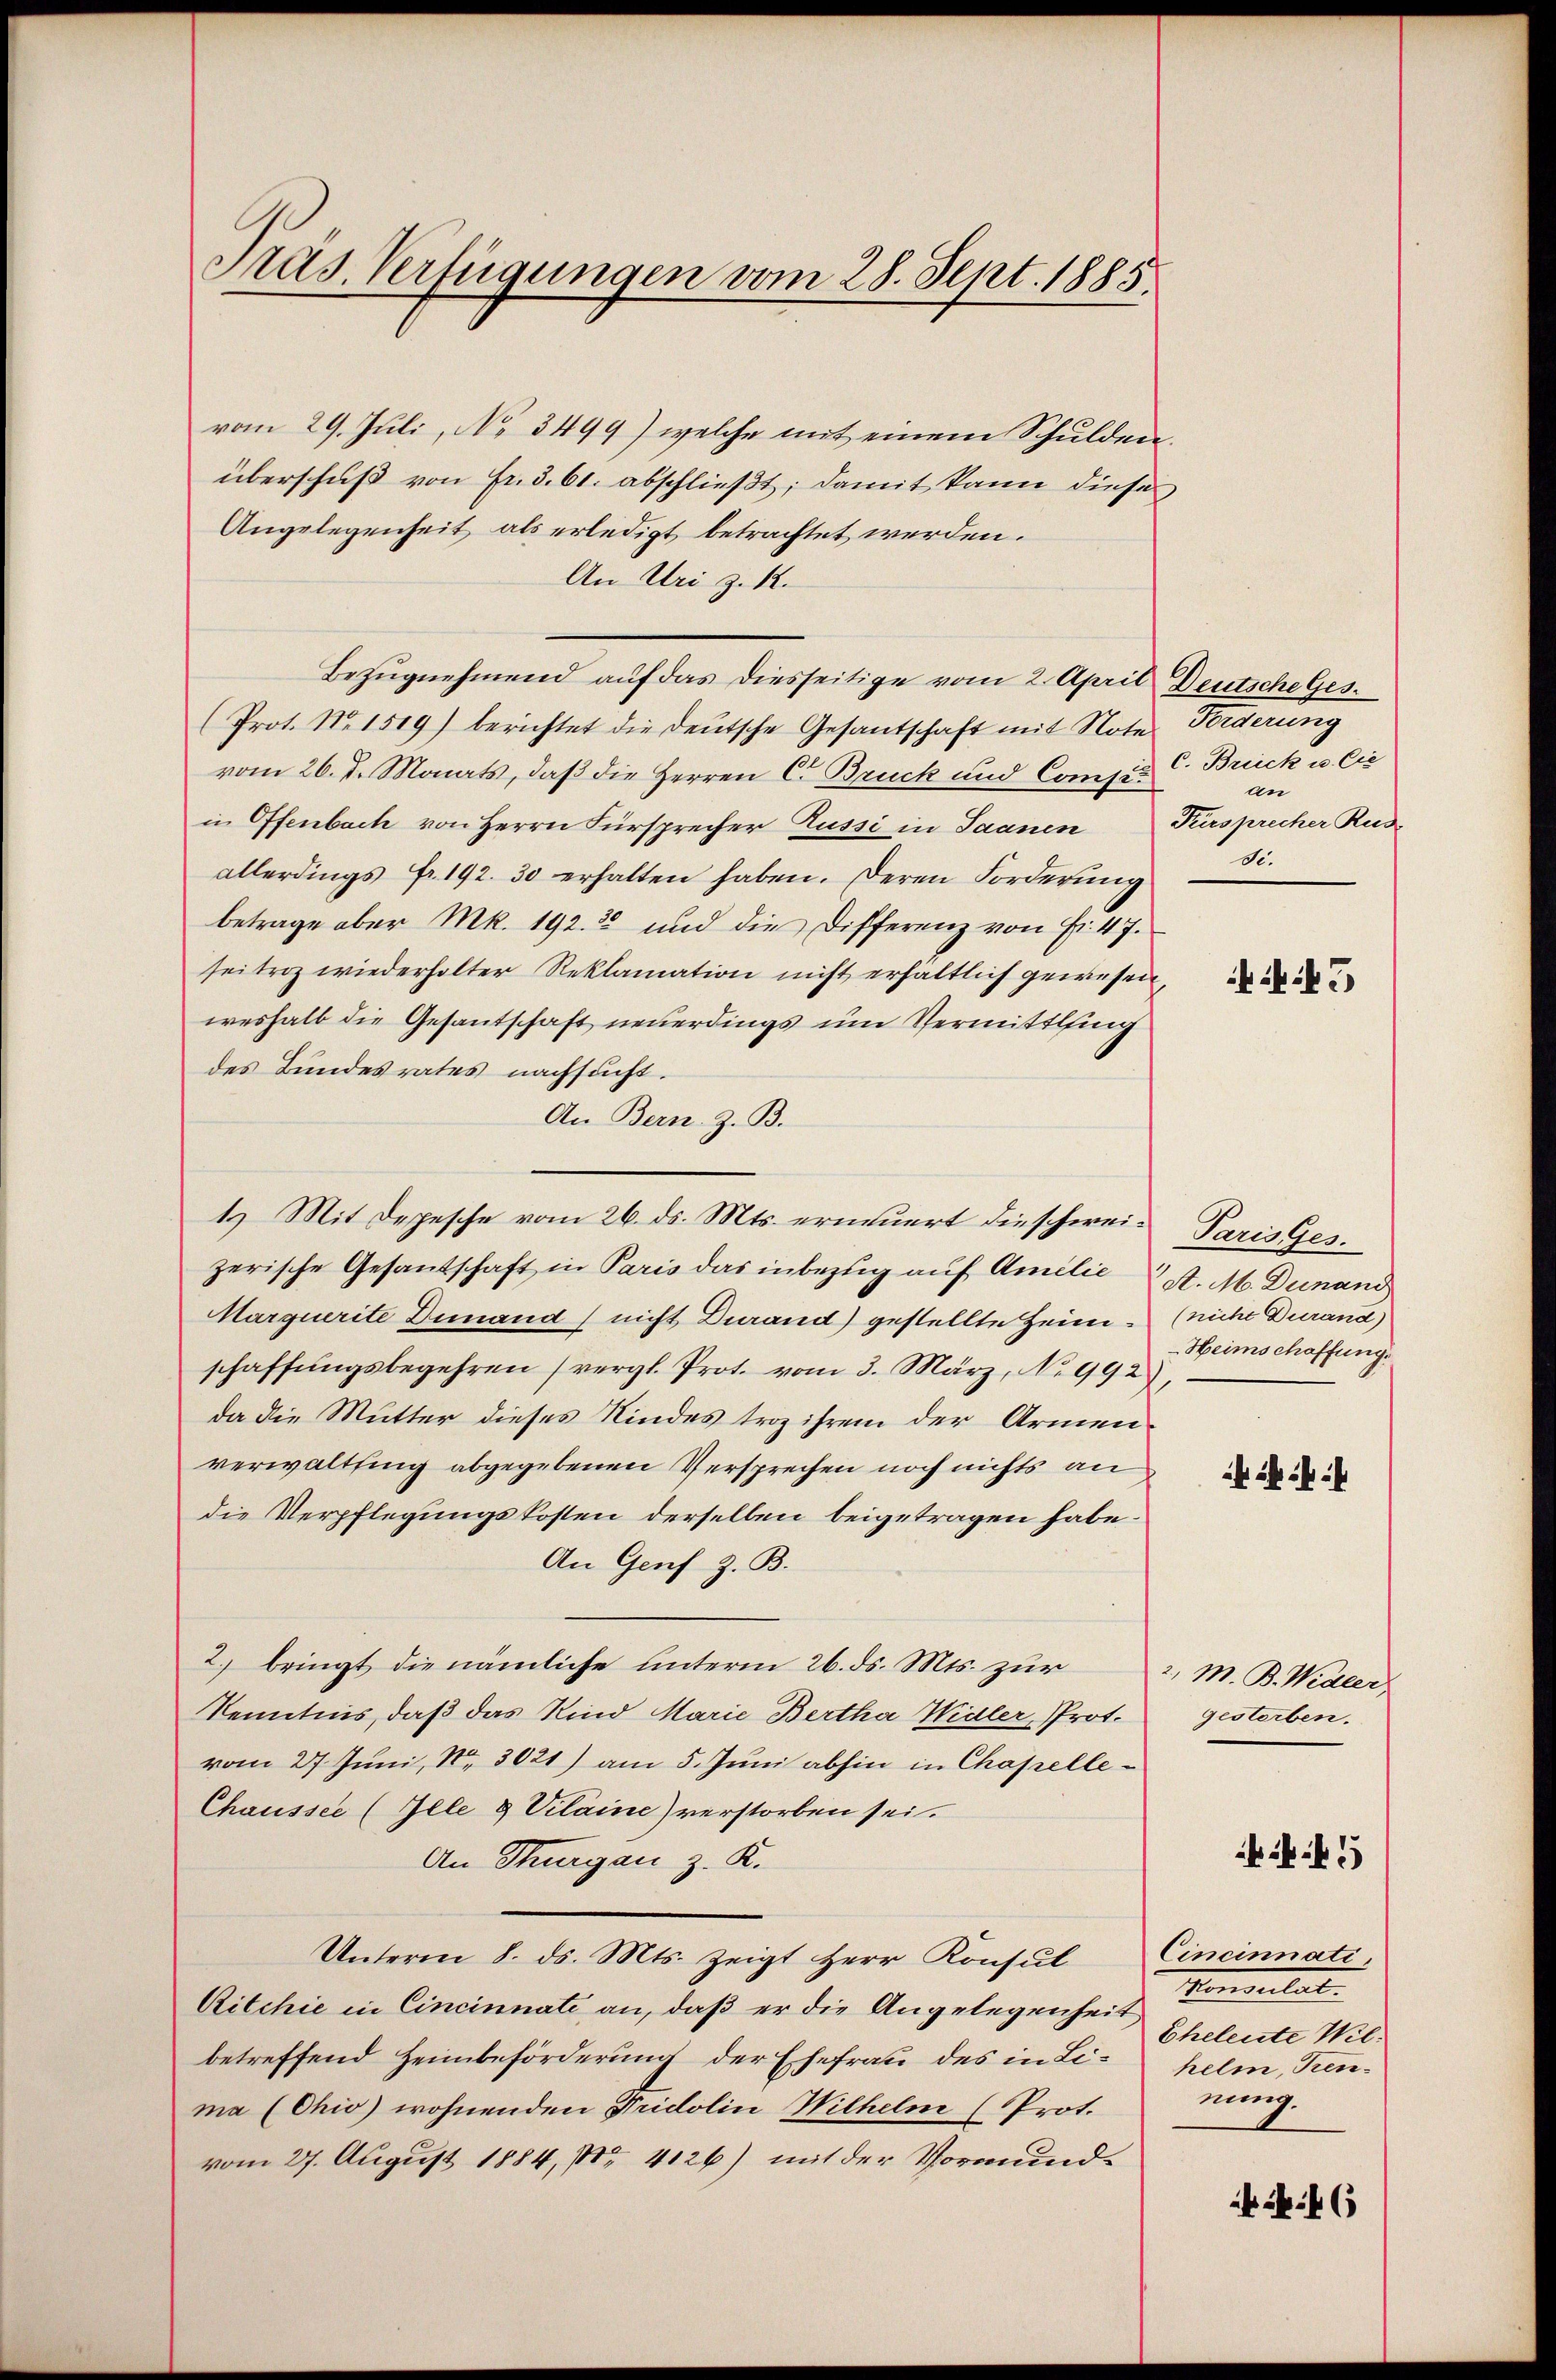
Pras. Verfügungen vom 28. Sept. 1885

vom 29. Juli, No 3499) welche mit einem Schulden.
überschuß von Fr. 3. 61. abschließt; damit kann diese
Angelegenheit als erledigt betrachtet werden.
An Uri z. 12.
Bezugnehmend auf das diesseitige vom 2. April Deutsche Ges.
(Prot. No. 1519) berichtet die deutsche Gesandschaft mit Note Forderung
vom 26. d. Monats, daß die Herren C. Bruck und Compein Ofenbach von Herrn Fürsprecher Russi in Saanen
allerdings fr. 192. 30 erhalten haben. Deren Forderung
betrage aber Mk. 192. 32 und die Differenz von Fr. 47.
seitroz wiederholter Reklamation nicht erhältlich gewesen
weshalb die Gesantschaft neuerdings um Vermittling
des Bundesrates nachsucht.
An Bern. Z. B.
zerische Gesandschaft in Paris das inbezug auf Amilie 4. M. Dunand
Marquerite Dumand nicht durand) gestellte Heim- (nicht durand)
schaffŭngsbegehren (vergl. Prot. vom 3. März, No 992),
da die Mutter dieses Kindes troz ihrem der Armenverwaltting abgegebenen Versprechen noch nichts an
die Verpflegungskosten derselben beigetragen habe.
An Genf z. B.
2.) bringt die nämliche unterm 26. ds. Mts. zur v. M. B. Widler
Kenntnis, daß das Kind Marie Bertha Widler, Prot.
vom 27. Juni, N. 3021) am 5. Juni abhin in Chapelle¬
Chaussee (Ille & Vilaine) verstorben sei.
An Thurgau z. K.
Unterm 8. ds. Mts. zeigt Herr Konsul Cincinnati
Ritchie in Cincinnate an, daß er die Angelegenheit
betreffend Heimbeförderung der Ehefrau des in Li-helm, Kenma (Chio) wohnenden Fridolin Wilhelm (Prot.
vom 27. August 1884, No 4126) mit der Vormund¬

1.) Mit Depesche vom 26. ds. Mts. erneuert dieschwei¬

C. Brück u. Cie
un
Tuersprecher Rus
di.

5

Paris Ges.
Heimschaffung.

gestorben.

Konsulat
Eheleute Wilnung